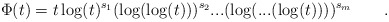
\begin{align*}\Phi(t)=t\log(t)^{s_{1}}(\log(\log(t)))^{s_{2}}...(\log(...(\log(t))))^{s_{m}}\qquad.\end{align*}